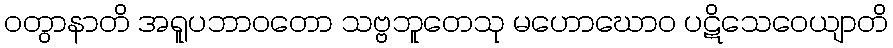
ဝတွာနာတိ အရူပဘာဝတော သဗ္ဗဘူတေသု မဟောဃောဝ ပဋိသေဝေယျာတိ